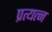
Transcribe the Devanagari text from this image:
प्रत्यत्न